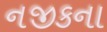
નજીકના